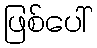
ဖြစ်ပေါ်